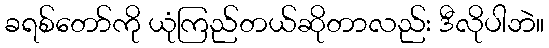
ခရစ်တော်ကို ယုံကြည်တယ်ဆိုတာလည်း ဒီလိုပါဘဲ။